Accidents in school laboratories and in rooms used for practical work, 1937
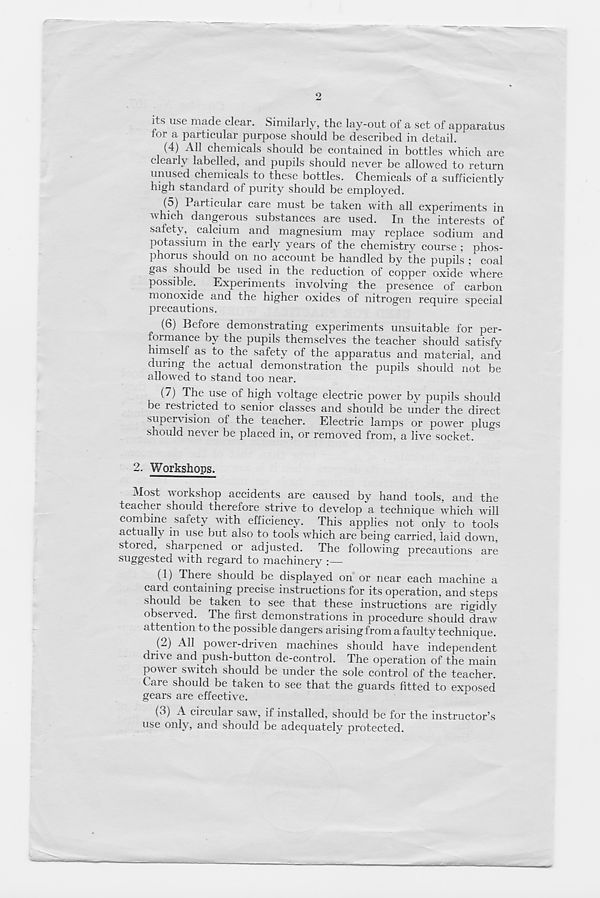
2
its use made clear. Similarly, the lay-out of a set of apparatus
for a particular purpose should be described in detail.
(4) All chemicals should be contained in bottles which are
clearly labelled, and pupils should never be allowed to return
unused chemicals to these bottles. Chemicals of a sufficiently
high standard of purity should be employed.
(5) 1 articular care must be taken with all experiments in
which dangerous substances are used. In the interests of
safety, calcium and magnesium may replace sodium and
potassium in the early years of the chemistry course ; phos-
phorus should on no account be handled by the pupils ; * coal
gas should be used in the reduction of copper oxide where
possible. Experiments involving the presence of carbon
monoxide and the higher oxides of nitrogen require special
precautions.
(6) Before demonstrating experiments unsuitable for per-
formance by the pupils themselves the teacher should satisfy
himself as to the safety of the apparatus and material, and
during the actual demonstration the pupils should not be
allowed to stand too near.
(7) The use of high voltage electric power by pupils should
be restricted to senior classes and should be under the direct
supervision of the teacher. Electric lamps or power plugs
should never be placed in, or removed from, a live socket. ^
2. Workshops.
Most workshop accidents are caused by hand tools, and the
teacher should therefore strive to develop a technique which will
combine safety with efficiency. This applies not only to tools
actually in use but also to tools which are being carried, laid down,
stored, sharpened or adjusted. The following precautions are
suggested with regard to machinery :—
(1) There should be displayed on or near each machine a
card containing precise instructions for its operation, and steps
should be taken to see that these instructions are rigidly
observed. The first demonstrations in procedure should draw
attent ion to the possible dangers arising from a faulty technique.
(2) All power-driven machines should have independent
dri\ e and push-button de-control. The operation of the main
power switch should be under the sole control of the teacher.
Care should be taken to see that the guards fitted to exposed
gears are effective.
(3) A circular saw, if installed, should be for the instructor’s
use only, and should be adequately protected.